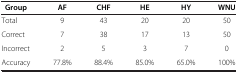
| Group | AF | CHF | HE | HY | WNU |
 | --- | --- | --- | --- | --- | --- |
 | Total | 9 | 43 | 20 | 20 | 50 |
 | Correct | 7 | 38 | 17 | 13 | 50 |
 | Incorrect | 2 | 5 | 3 | 7 | 0 |
 | Accuracy | 77.8% | 88.4% | 85.0% | 65.0% | 100% |